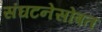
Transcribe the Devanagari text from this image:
संघटनेसोबत